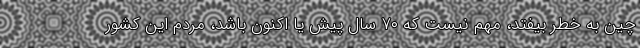
چین به خطر بیفتد، مهم نیست که ۷۰ سال پیش یا اکنون باشد، مردم این کشور